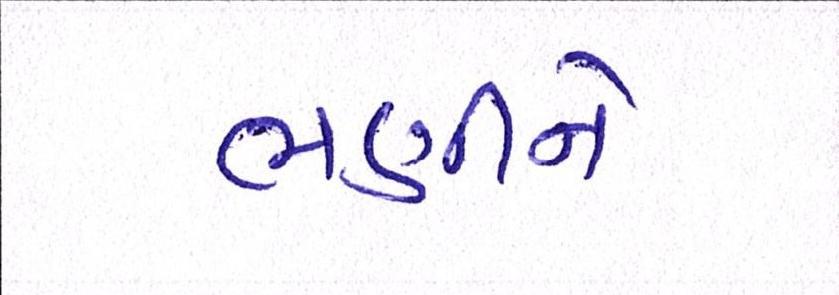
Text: ભણીને